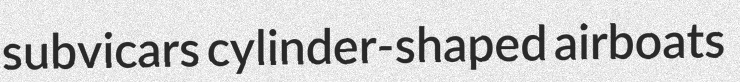
subvicars cylinder-shaped airboats